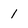
Character: 1